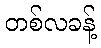
တစ်လခန့်